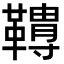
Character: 𩍌